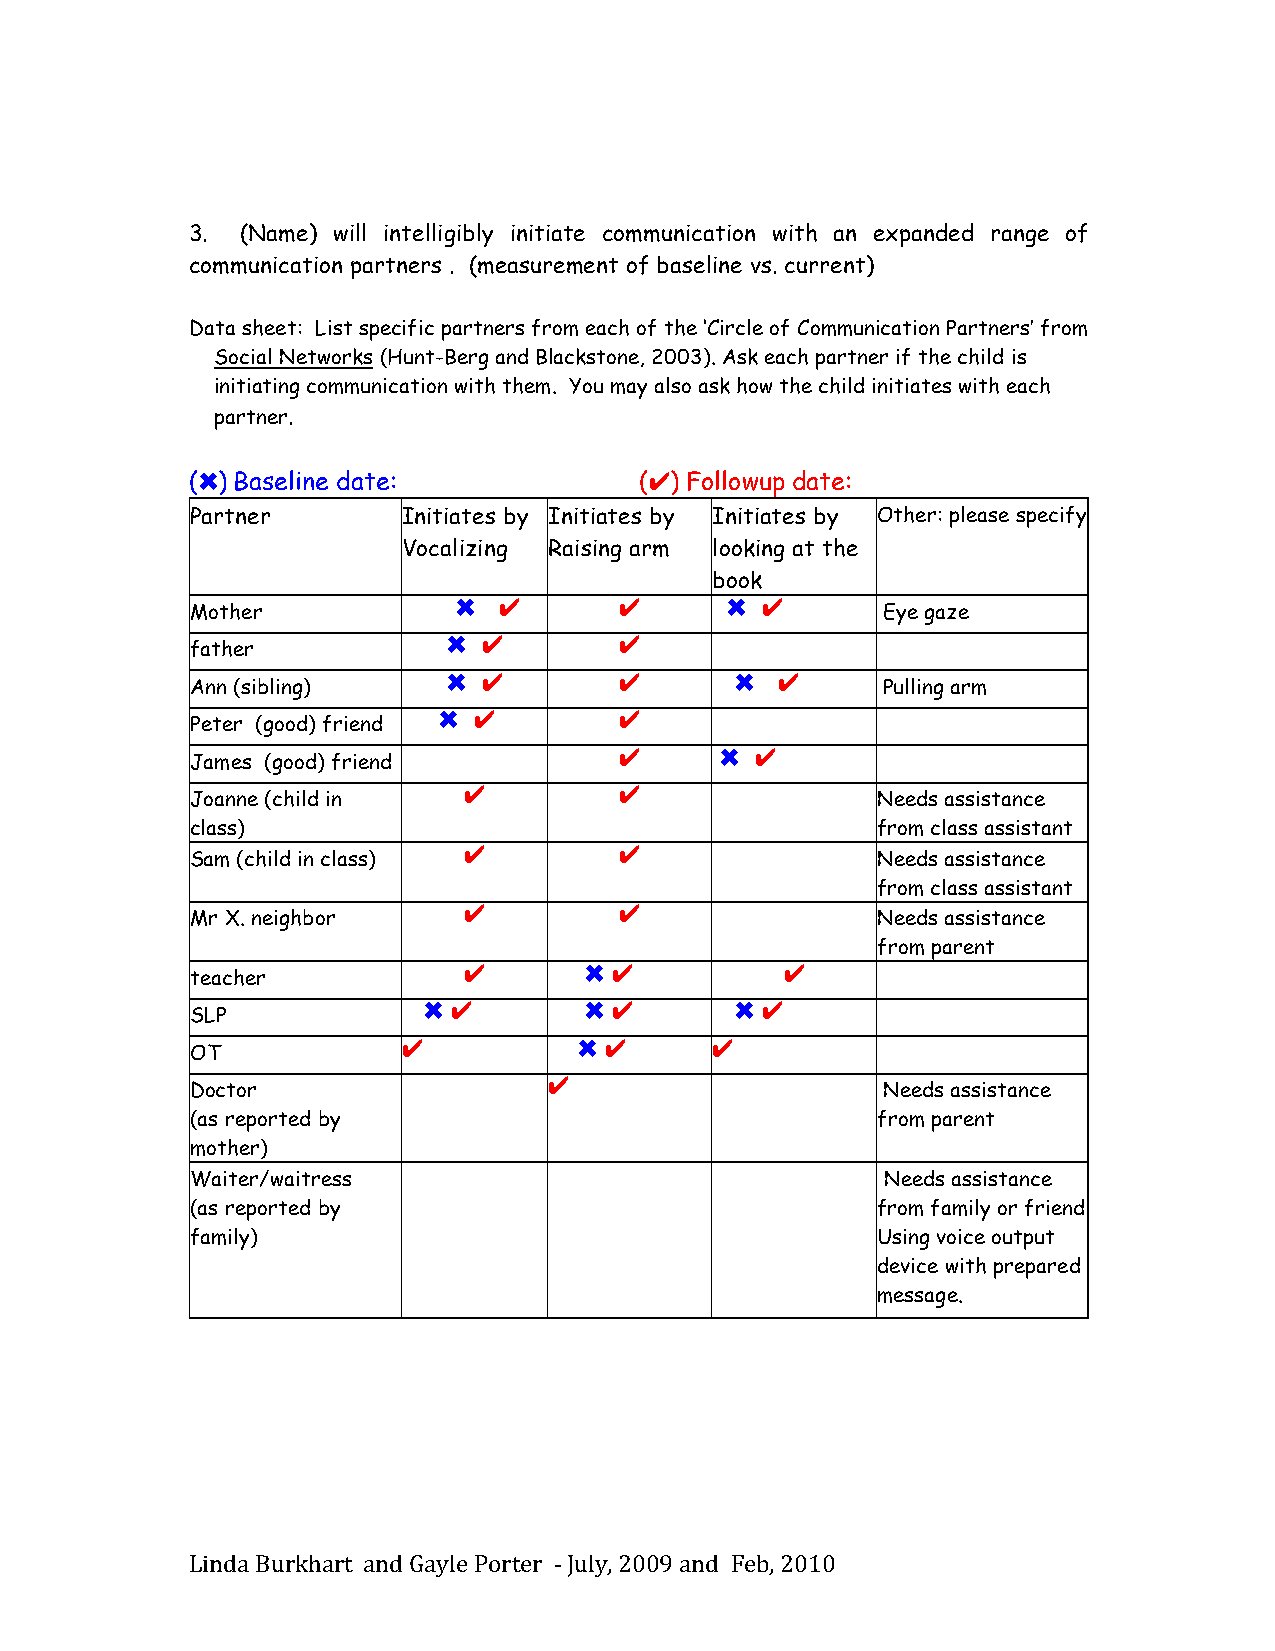
3. (Name) will intelligibly initiate communication with an expanded range of
 communication partners . (measurement of baseline vs. current)
 Data sheet: List specific partners from each of the ‘Circle of Communication Partners’ from
 Social Networks (Hunt-Berg and Blackstone, 2003). Ask each partner if the child is
 initiating communication with them. You may also ask how the child initiates with each
 partner.
 (✖) Baseline date:           (✔) Followup date:
 Partner       Initiates by Initiates by Initiates by Other: please specify
 Vocalizing Raising arm looking at the
 book
 Mother
 ✖  ✔       ✔      ✖ ✔
 Eye gaze
 father
 ✖ ✔        ✔
 Ann (sibling)
 ✖ ✔        ✔       ✖ ✔
 Pulling arm
 Peter (good) friend
 ✖ ✔         ✔
 James (good) friend
 ✔      ✖ ✔
 Joanne (child in
 ✔         ✔
 Needs assistance
 class)                                       from class assistant
 Sam (child in class)
 ✔         ✔
 Needs assistance
 from class assistant
 Mr X. neighbor
 ✔         ✔
 Needs assistance
 from parent
 teacher
 ✔       ✖ ✔          ✔
 SLP
 ✖ ✔        ✖ ✔       ✖ ✔
 OT
 ✔          ✖ ✔      ✔
 Doctor
 ✔
 Needs assistance
 (as reported by                              from parent
 mother)
 Waiter/waitress                               Needs assistance
 (as reported by                              from family or friend
 family)                                      Using voice output
 device with prepared
 message.
 Linda Burkhart and Gayle Porter -­‐‑ July, 2009 and Feb, 2010